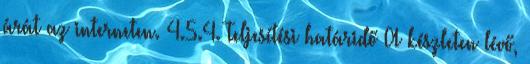
árát az interneten. 4.5.4. Teljesítési határidő A készleten lévő,